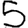
Digit: 5